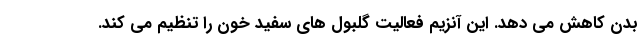
بدن کاهش می دهد. این آنزیم فعالیت گلبول های سفید خون را تنظیم می کند.